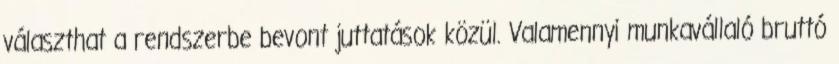
választhat a rendszerbe bevont juttatások közül. Valamennyi munkavállaló bruttó